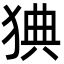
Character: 猠